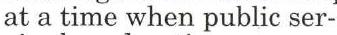
at a time when public ser-